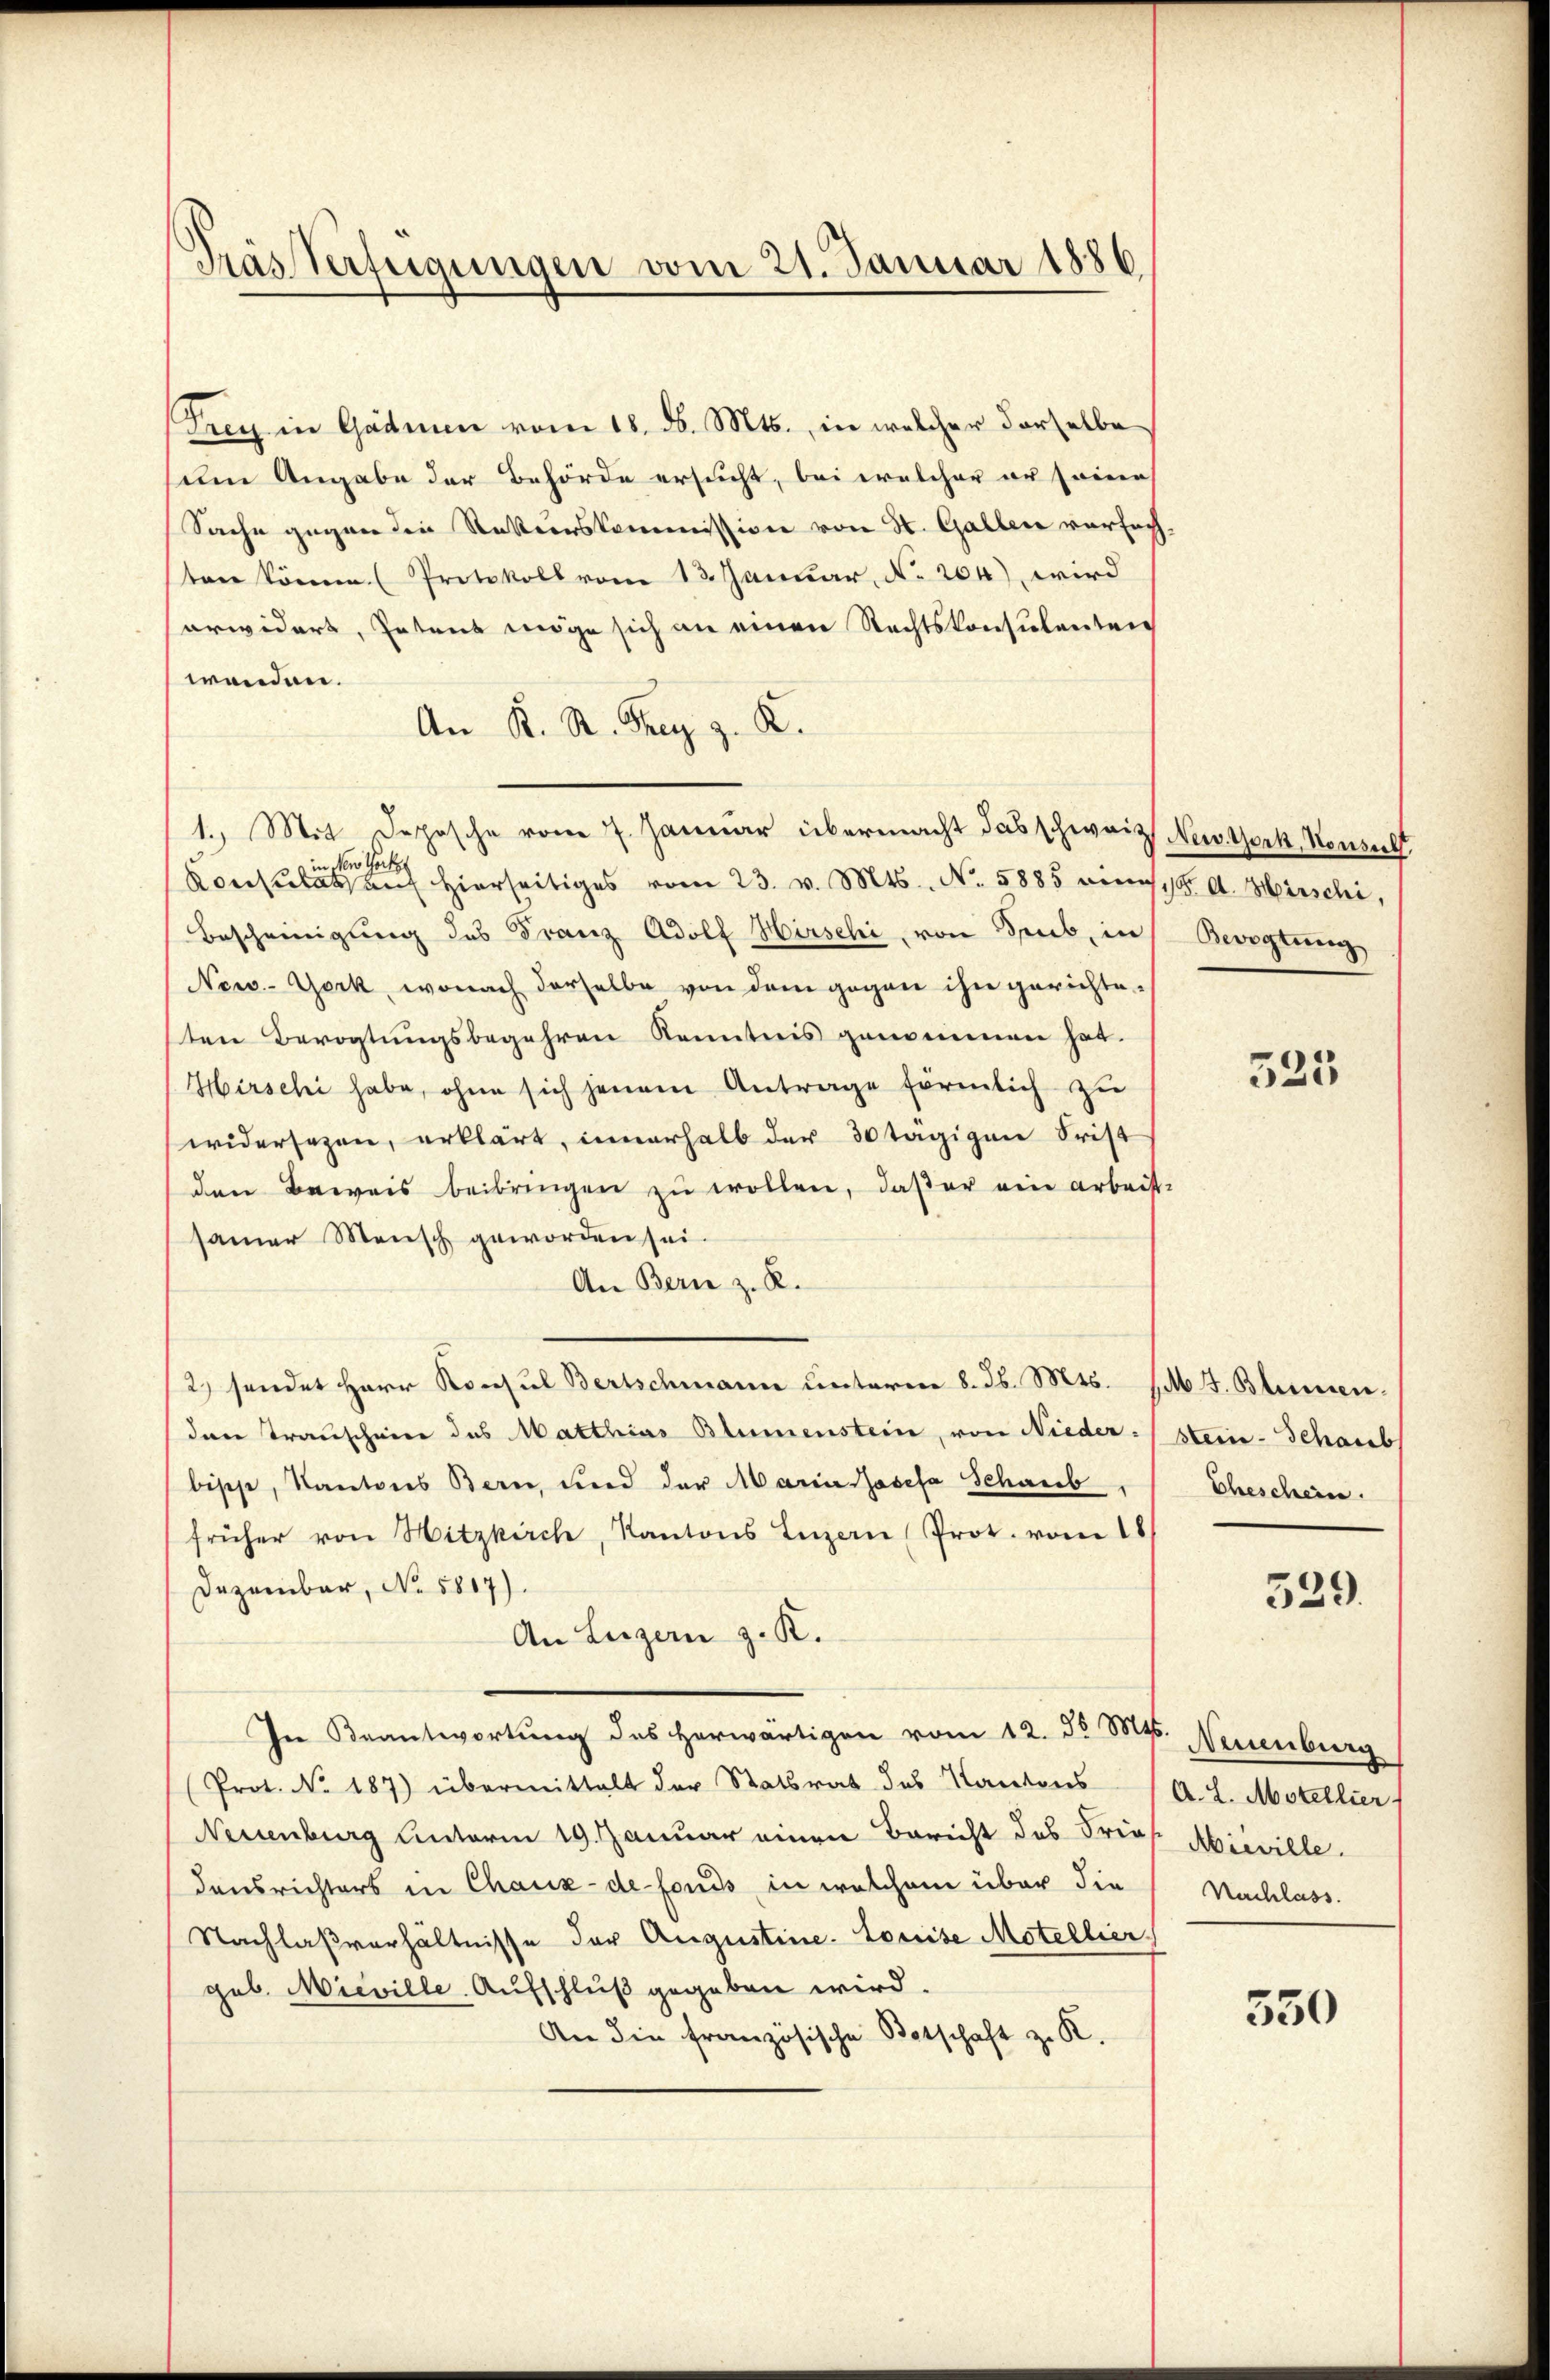
Träs Verfügungen vom 21. Januar 1886

Frey in Gadmen vom 18. ds. Mts., in welcher derselbe
sem Angabe der Behörde ersucht, bei welcher er seine
Sache gegen die Rekurskommission von St. Gallen verfach
ten könne (Protokoll vom 13. Januar, No. 204) wird
arwidert, Petens möge sich an einen Rechtskonsulenten
wenden.
An K. R. Prag z. K.
1.) Mit Depesche vom 7. Januar übermacht das schweiz New York, Konsul
New York
Konsulat auf hierseitiges vom 23. v. Mts. No. 5885 in 18. d. Hirschi,
Bescheinigung des Franz Adolf Hirschi, von Seub, in Bevogtung
New-York, wonach derselbe von dem gegen ihn gerichte
ten Bevogtungsbegehren Kenntnis genommen hat.
Hirschi habe, ohne sich jenem Antrage förmlich zu
widersezen, erklärt, innerhalb der 30 tägigen Frist
den Beweis beibringen zu wollen, daß er ein arbeit
samer Mensch geworden sei
An Bern z. R.
2) sendet Herr Konsul Bertschmann unterm 8. d. Mts. sub. J. Blumenden Traunscheine des Matthias Blumenstein, von Nieder:
bische, Kantons Bern, und der Maria Josefa Schaub
früher von Hitzkirch, Kantons Luzern (Prot. vom 18
Dezember, No. 5817).
An Luzern z. R.
In Beantwortung des herwärtigen vom 12. 35 Mas
Prot. No. 187) übermittelt der Statsrat des Kantons
Neuenburg unterm 19. Januar einen Bericht des Frie
densrichters in Chaux-de-Fonds in welchem über die
Nachlaßverhältnisse der Augustine. Louise Motellier
geb. Mieville. Aufschluß gegeben wird.
An die französische Botschaft z. K.

525

stein Schaub
Eheschein.

529.

Neuenburg
A. L. Morellier
Mieville.
Nachlass.

350